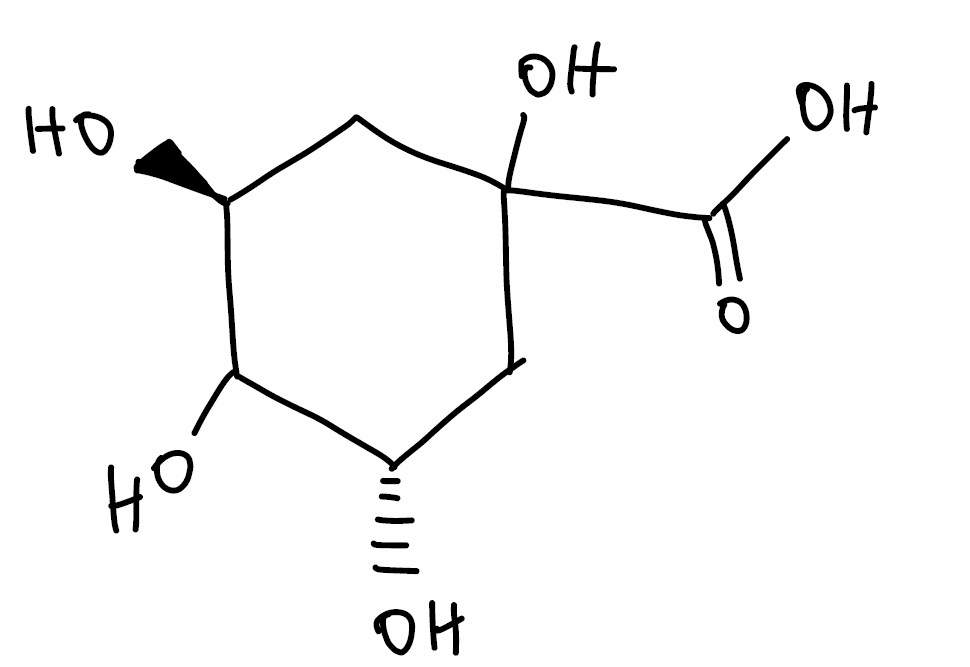
Simplified molecular-input line-entry system (SMILES) notation of the given molecule:
C1[C@@H](C([C@H](CC1(C(=O)O)O)O)O)O